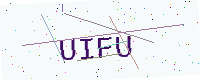
Text: UIFU